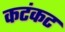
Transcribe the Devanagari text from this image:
कटंकट